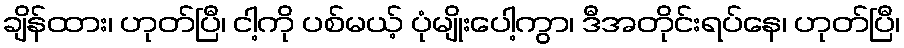
ချိန်ထား၊ ဟုတ်ပြီ၊ ငါ့ကို ပစ်မယ့် ပုံမျိုးပေါ့ကွာ၊ ဒီအတိုင်းရပ်နေ၊ ဟုတ်ပြီ၊